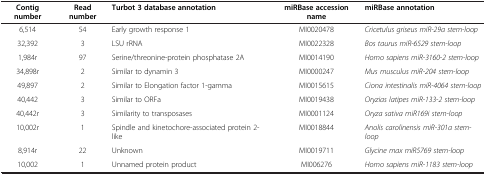
<table><thead><tr><td><b>Contig number</b></td><td><b>Read number</b></td><td><b>Turbot 3 database annotation</b></td><td><b>miRBase accession name</b></td><td><b>miRBase annotation</b></td></tr></thead><tbody><tr><td>6,514</td><td>54</td><td>Early growth response 1</td><td>MI0020478</td><td><i>Cricetulus griseus miR-29a stem-loop</i></td></tr><tr><td>32,392</td><td>3</td><td>LSU rRNA</td><td>MI0022328</td><td><i>Bos taurus miR-6529 stem-loop</i></td></tr><tr><td>1,984r</td><td>97</td><td>Serine/threonine-protein phosphatase 2A</td><td>MI0014190</td><td><i>Homo sapiens miR-3160-2 stem-loop</i></td></tr><tr><td>34,898r</td><td>2</td><td>Similar to dynamin 3</td><td>MI0000247</td><td><i>Mus musculus miR-204 stem-loop</i></td></tr><tr><td>49,897</td><td>2</td><td>Similar to Elongation factor 1-gamma</td><td>MI0015615</td><td><i>Ciona intestinalis miR-4064 stem-loop</i></td></tr><tr><td>40,442</td><td>3</td><td>Similar to ORFa</td><td>MI0019438</td><td><i>Oryzias latipes miR-133-2 stem-loop</i></td></tr><tr><td>40,442r</td><td>3</td><td>Similarity to transposases</td><td>MI0001124</td><td><i>Oryza sativa miR169i stem-loop</i></td></tr><tr><td>10,002r</td><td>1</td><td>Spindle and kinetochore-associated protein 2-like</td><td>MI0018844</td><td><i>Anolis carolinensis miR-301a stem-loop</i></td></tr><tr><td>8,914r</td><td>22</td><td>Unknown</td><td>MI0019711</td><td><i>Glycine max miR5769 stem-loop</i></td></tr><tr><td>10,002</td><td>1</td><td>Unnamed protein product</td><td>MI006276</td><td><i>Homo sapiens miR-1183 stem-loop</i></td></tr></tbody></table>